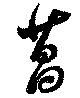
菖